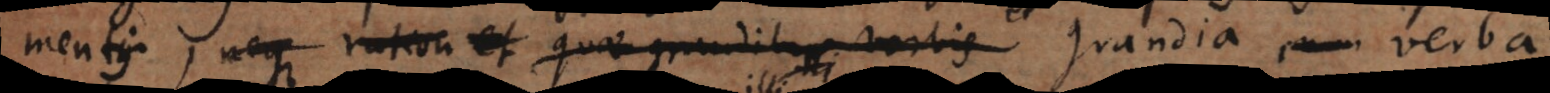
mentis, neque ration et quae grandibus verbis grandia verba,